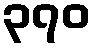
၃၇၀